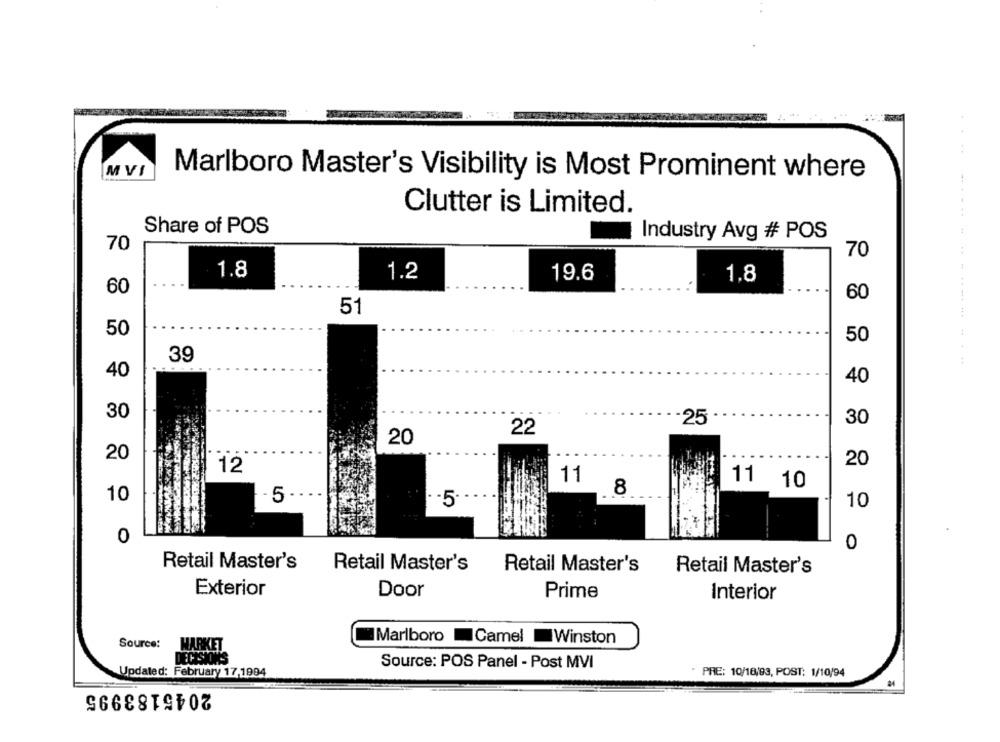
MVI
Marlboro Master's Visibility is Most Prominent where
Clutter is Limited.
Share of POS
Industry Avg # POS
70
70
1.8
1.2
19.6
1.8
60
60
51
50
50
39
40
40
30
-25
30
22
20
20
20
12
11
11
10
8
10
5
-5
10
0
0
Retail Master's
Retail Master's
Retail Master's
Retail Master's
Exterior
Door
Prime
Interior
Source:
Marlboro Camel Winston
MARKET
ECISIONS
Source: POS Panel - Post MVI
Updated: February 17,1994
PRE: 10/18/93, POST: 1/10/94
2045183995